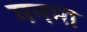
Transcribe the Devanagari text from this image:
मनमा